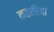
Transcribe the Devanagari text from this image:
कतारिया